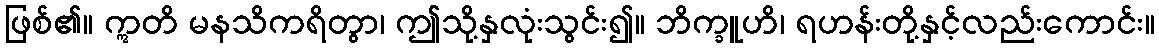
ဖြစ်၏။ ဣတိ မနသိကရိတွာ၊ ဤသို့နှလုံးသွင်း၍။ ဘိက္ခူဟိ၊ ရဟန်းတို့နှင့်လည်းကောင်း။